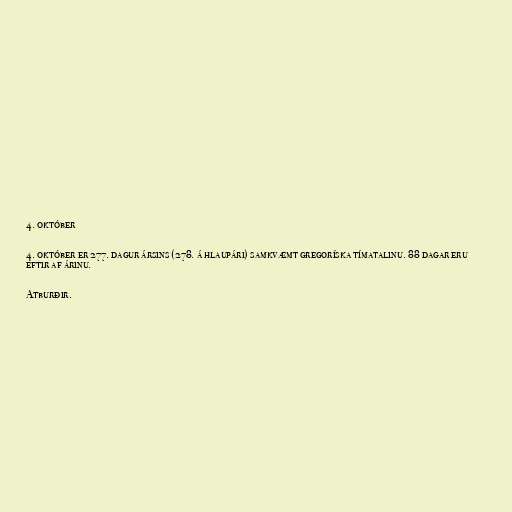
4. október

4. október er 277. dagur ársins (278. á hlaupári) samkvæmt gregoríska tímatalinu. 88 dagar eru
eftir af árinu.

Atburðir.